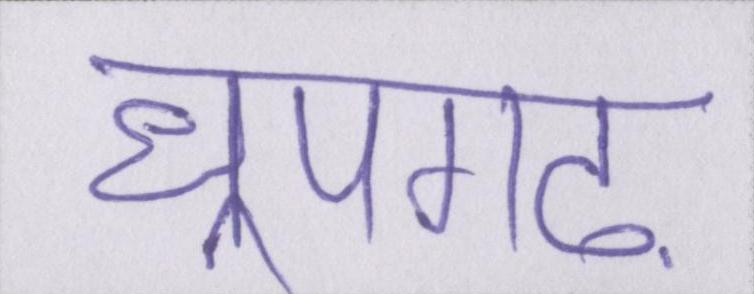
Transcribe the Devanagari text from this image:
धूपगढ़